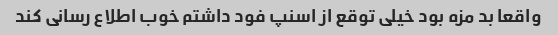
واقعا بد مزه بود خیلی توقع از اسنپ فود داشتم خوب اطلاع رسانی کند